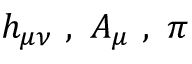
h _ { \mu \nu } \ , \ A _ { \mu } \ , \ \pi